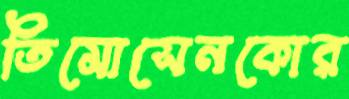
তিমোসেনকোর